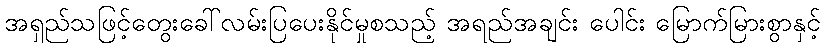
အရှည်သဖြင့်တွေးခေါ်လမ်းပြပေးနိုင်မှုစသည့် အရည်အချင်း ပေါင်း မြောက်မြားစွာနှင့်